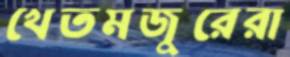
খেতমজুরেরা